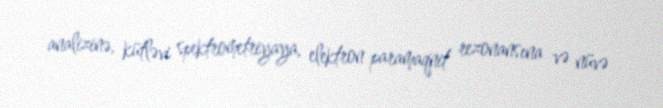
analizinə, kütləvi spektrometriyaya, elektron paramaqnit rezonansına və nüvə